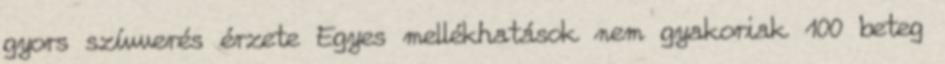
gyors szívverés érzete Egyes mellékhatások nem gyakoriak 100 beteg